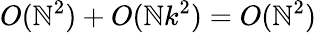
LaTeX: O(\mathbb{N}^{2})+O(\mathbb{N}k^{2})=O(\mathbb{N}^{2})